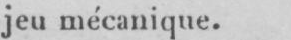
jeu mécanique.